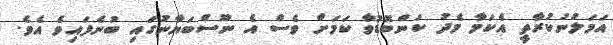
އަމަލުނުކުރާތީ އެކަމާ މެދު ކަންބޮޑުވާ ކަމަށް ވެސް އެ ނޫސްބަޔާނުގައި ބުނެފައިވެ އެވެ.